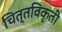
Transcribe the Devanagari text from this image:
चित्तविकृती